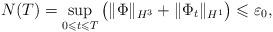
LaTeX: \begin{align*}N(T) =\sup_{0\leqslant t\leqslant T}\big(\|\Phi\|_{H^3} + \|\Phi_t\|_{H^1}\big) \leqslant \varepsilon_0,\end{align*}